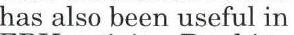
has also been useful in